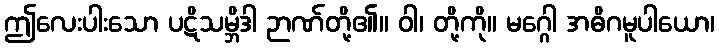
ဤလေးပါးသော ပဋိသမ္ဘိဒါ ဉာဏ်တို့၏။ ဝါ၊ တို့ကို။ မဂ္ဂေါ အဓိဂမူပါယော၊